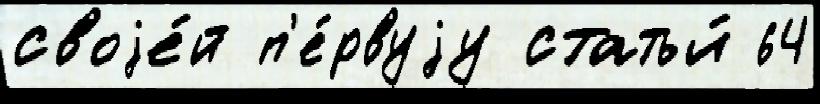
своjе́й п'е́рвуjу статьи́ 64